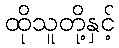
ထိုသူတို့နှင့်